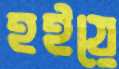
হইয়ে